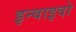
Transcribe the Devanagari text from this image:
इन्वाइवो